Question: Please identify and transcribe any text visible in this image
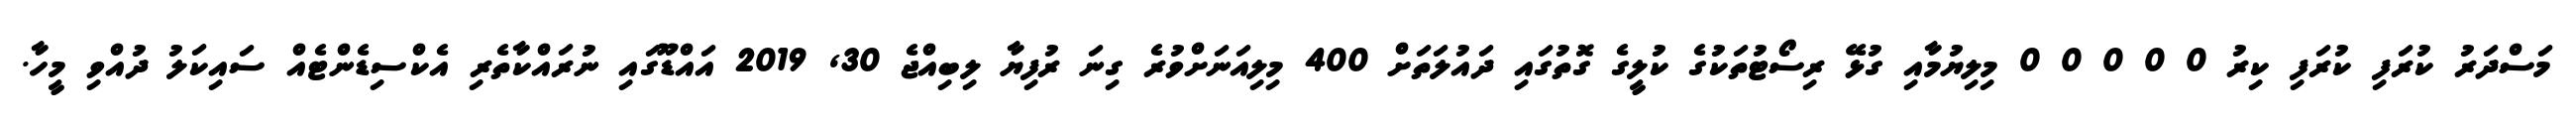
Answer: މަސްދަރު ކުރަފި ކުރަފި ކިރު 0 0 0 0 0 މިލިޔުމާއި ގުޅޭ ރިސޯޓުތަކުގެ ކުލީގެ ގޮތުގައި ދައުލަތަށް 400 މިލިއަނަށްވުރެ ގިނަ ރުފިޔާ ލިބިއްޖެ 30, 2019 އައްޑޫގައި ނުރައްކާތެރި އެކްސިޑެންޓެއް ސައިކަލު ދުއްވި މީހާ.